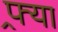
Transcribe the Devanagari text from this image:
फ्र्या